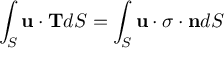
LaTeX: \int _ { S } \mathbf { u \cdot T } d S = \int _ { S } \mathbf { u \cdot { \boldsymbol { \sigma } } \cdot n } d S